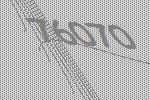
76070